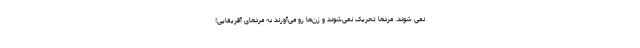
نمی شوند. مردها تحریک نمی‌شوند و زن‌ها رو می‌آورند به مردهای آفریقایی!